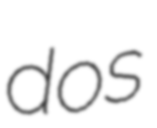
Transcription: dos